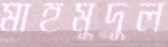
মাহমুদুল